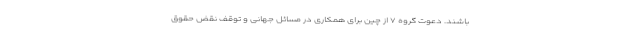
باشند. دعوت گروه ۷ از چین برای همکاری در مسائل جهانی و توقف نقض حقوق